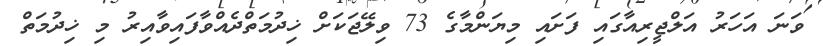
ވަނަ އަހަރު އަލްޖީރިއާގައި ފަށައި މިޔަންމާގެ 73 ވިލޭޖަކަށް ޚިދުމަތްދެއްވާފައިވާއިރު މި ޚިދުމަތް